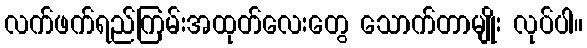
လက်ဖက်ရည်ကြမ်းအထုတ်လေးတွေ သောက်တာမျိုး လုပ်ပါ။